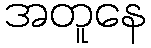
အတူနေ